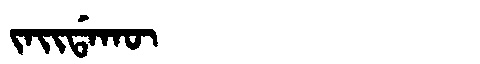
Manchu: ᠵᠠᡳᡩᠠᡴᡡ
Romanization: JAIDAKŪ